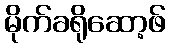
မိုက်ခရိုဆော့ဖ်